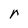
Character: r